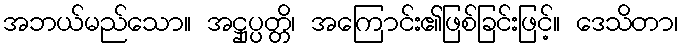
အဘယ်မည်သော။ အဋ္ဌုပ္ပတ္တိ၊ အကြောင်း၏ဖြစ်ခြင်းဖြင့်။ ဒေသိတာ၊